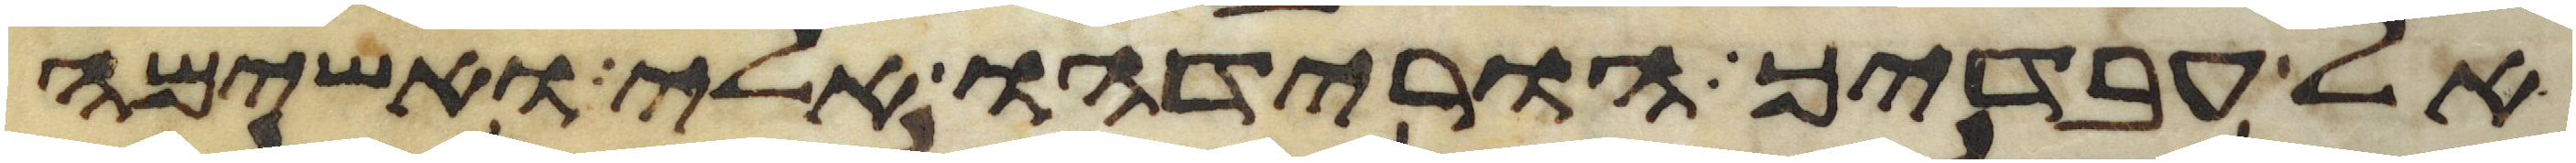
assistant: אל עבדיך הורידהו אלי ואשימה